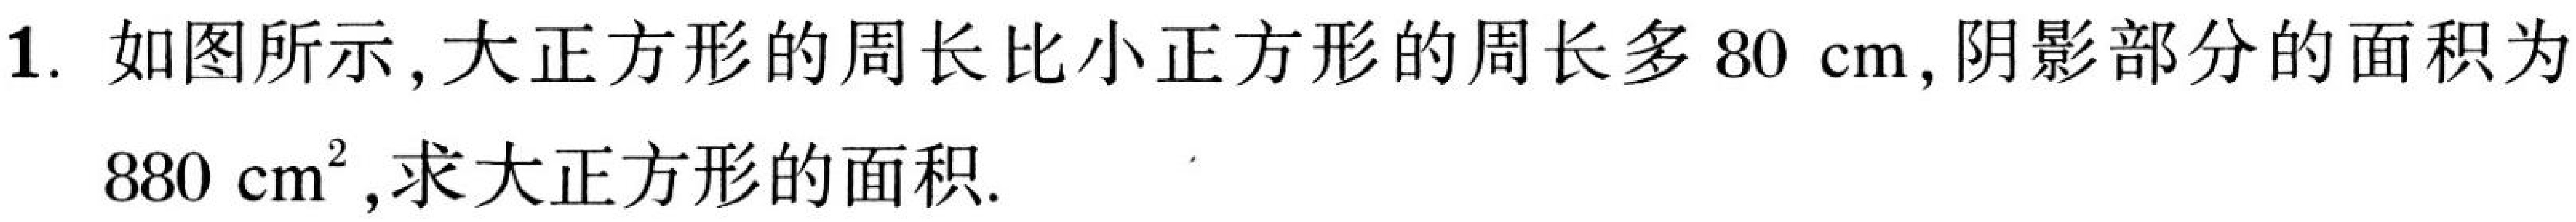
1. 如图所示, 大正方形的周长比小正方形的周长多$80\ \text{cm}$, 阴影部分的面积为
$880\ \text{cm}^2$, 求大正方形的面积.